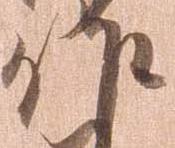
作